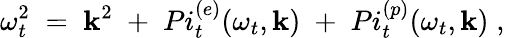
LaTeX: {\omega_{t}^{2}\; =\; \mathbf{k}^{2}\; +\; Pi_{t}^{(e)}(\omega_{t},\mathbf{k})\; +\; Pi_{t}^{(p)}(\omega_{t},\mathbf{k})\; ,}